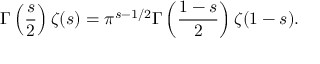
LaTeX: \Gamma \left( { \frac { s } { 2 } } \right) \zeta ( s ) = \pi ^ { s - 1 / 2 } \Gamma \left( { \frac { 1 - s } { 2 } } \right) \zeta ( 1 - s ) .